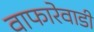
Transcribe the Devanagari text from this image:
वाफारेवाडी